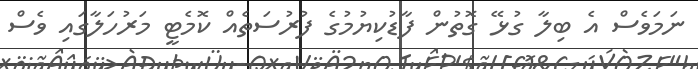
ނަމަވެސް އެ ބިލާ ގުޅޭ ގޮތުން ފާޑުކިޔުމުގެ ފުރުސަތެއް ކޮމެޓީ މަރުހަލާގައި ވެސް